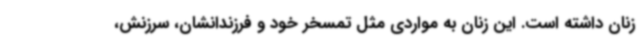
زنان داشته است. این زنان به مواردی مثل تمسخر خود و فرزندانشان، سرزنش،